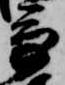
多